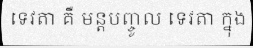
ទេវតា គឺ មន្តបញ្ចូល ទេវតា ក្នុង